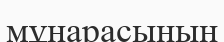
мұнарасының